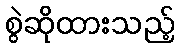
စွဲဆိုထားသည့်